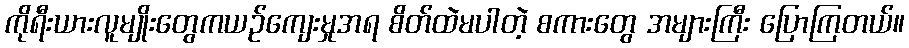
ကိုရီးယားလူမျိုးတွေကယဉ်ကျေးမှုအရ စိတ်ထဲမပါတဲ့ စကားတွေ အများကြီး ပြောကြတယ်။